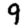
Digit: 9